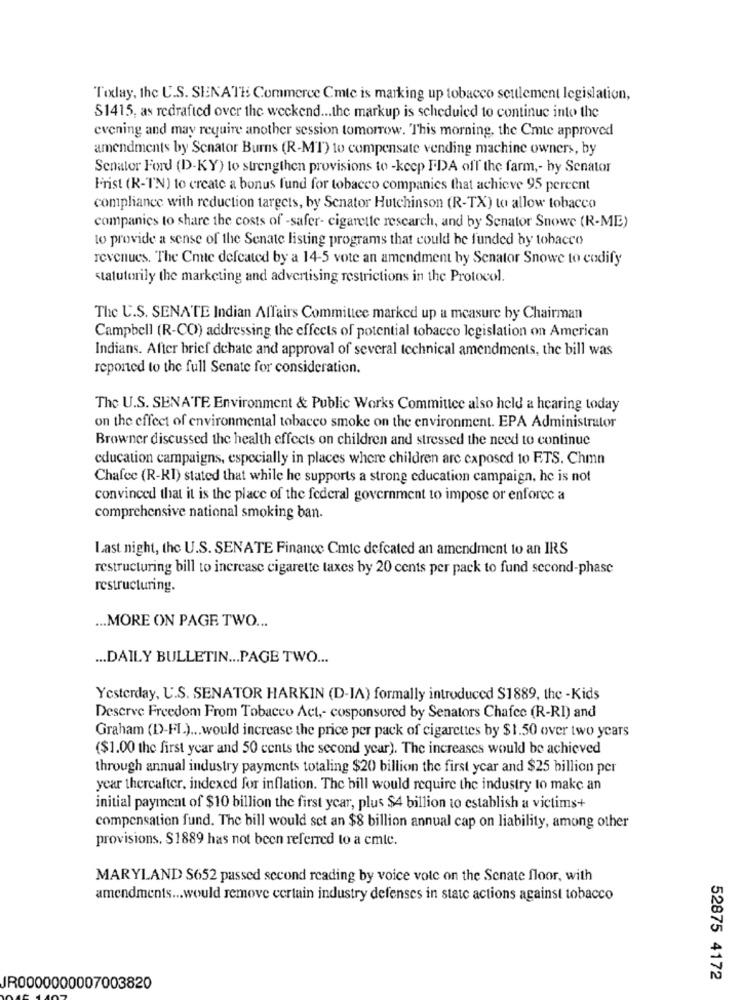
Today, the U.S. SENATE Commerce Cmte is marking up tobacco settlement legislation,
$1415, as redrafted over the weekend ... the markup is scheduled to continue into the
evening and may require another session tomorrow. This morning, the Cmte approved
amendments by Senator Burns (R-MT) to compensate vending machine owners, by
Senator Ford (D-KY) to strengthen provisions to -keep FDA off the farm ,- by Senator
Frist (R-TN) to create a bonus fund for tobacco companies that achieve 95 percent
compliance with reduction targets, by Senator Hutchinson (R-TX) to allow tobacco
companies to share the costs of -safer- cigarette research, and by Senator Snowe (R-ME)
to provide a sense of the Senate listing programs that could be funded by tobacco
revenues. The Cmte defeated by a 14-5 vote an amendment by Senator Snowe to codify
statutorily the marketing and advertising restrictions in the Protocol.
The U.S. SENATE Indian Affairs Committee marked up a measure by Chairman
Campbell (R-CO) addressing the effects of potential tobacco legislation on American
Indians. After brief debate and approval of several technical amendments, the bill was
reported to the full Senate for consideration.
The U.S. SENATE Environment & Public Works Committee also held a hearing today
on the effect of environmental tobacco smoke on the environment. EPA Administrator
Browner discussed the health effects on children and stressed the need to continue
education campaigns, especially in places where children are exposed to ETS. Chmn
Chafee (R-KI) stated that while he supports a strong education campaign, he is not
convinced that it is the place of the federal government to impose or enforce a
comprehensive national smoking ban-
Last night, the U.S. SENATE Finance Cmte defeated an amendment to an IRS
restructuring bill to increase cigarette taxes by 20 cents per pack to fund second-phase
restructuring.
... MORE ON PAGE TWO ...
... DAILY BULLETIN ... PAGE TWO ...
Yesterday, U.S. SENATOR HARKIN (D-IA) formally introduced S1889, the -Kids
Deserve Freedom From Tobacco Act ,- cosponsored by Senators Chafce (R-RI) and
Graham (D)-FI.) ... would increase the price per pack of cigarettes by $1.50 over two years
($1.00 the first year and 50 cents the second year). The increases would be achieved
through annual industry payments totaling $20 billion the first year and $25 billion per
year thereafter, indexed for inflation. The bill would require the industry to make an
initial payment of $10 billion the first year, plus $4 billion to establish a victims+
compensation fund. The bill would set an $8 billion annual cap on liability, among other
provisions. $1889 has not been referred to a cmte.
MARYLAND S652 passed second reading by voice vote on the Senate floor, with
amendments ... would remove certain industry defenses in state actions against tobacco
52875 4172
IR0000000007003820